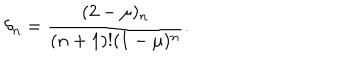
\delta _ { n } = \frac { ( 2 - \mu ) _ { n } } { ( n + 1 ) ! ( 1 - \mu ) ^ { n } } .